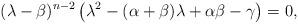
LaTeX: \begin{align*}(\lambda -\beta )^{n-2}\left( \lambda ^{2}-(\alpha +\beta )\lambda +\alpha\beta -\gamma \right) =0, \end{align*}